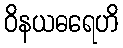
ဝိနယဓရေဟိ